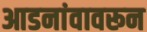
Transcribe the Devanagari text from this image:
आडनांवावरून